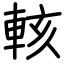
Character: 輆